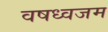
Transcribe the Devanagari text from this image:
वषध्वजम